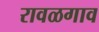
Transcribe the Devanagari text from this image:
रावळगाव